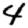
Digit: 4